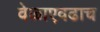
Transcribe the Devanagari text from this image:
वेळाएवढाच